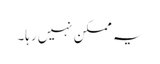
یہ ممکن نہیں رہا۔